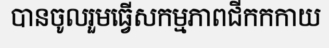
បានចូលរួមធ្វើសកម្មភាពជីកកកាយ